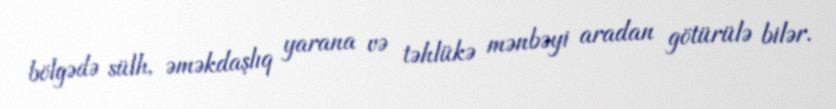
bölgədə sülh, əməkdaşlıq yarana və təhlükə mənbəyi aradan götürülə bilər.